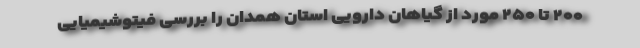
۲۰۰ تا ۲۵۰ مورد از گیاهان دارویی استان همدان را بررسی فیتوشیمیایی